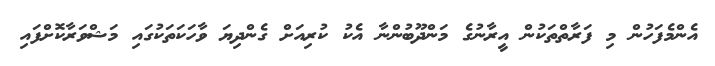
އެންމެފަހުން މި ފަރާތްތަކުން އީރާނުގެ މަންދޫބުންނާ އެކު ކުރިއަށް ގެންދިޔަ ވާހަކަތަކުގައި މަޝްވަރާކޮށްފައި